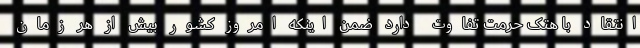
انتقاد با هتک حرمت تفاوت دارد ضمن اینکه امروز کشور بیش از هر زمان